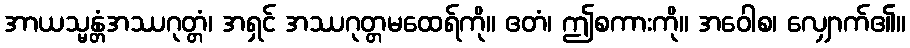
အာယသ္မန္တံအဿဂုတ္တံ၊ အရှင် အဿဂုတ္တမထေရ်ကို။ ဧတံ၊ ဤစကားကို။ အဝေါစ၊ လျှောက်၏။